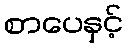
စာပေနှင့်